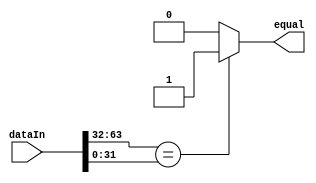
module comparator_r0 #(
	parameter BIT_WIDTH = 32
)(
	input [2*BIT_WIDTH - 1:0] dataIn,
	output equal
);

/**********
 * Internal Signals
 **********/
 reg equal_tmp;
	 
/**********
 * Glue Logic 
 **********/
/**********
 * Synchronous Logic
 **********/
/**********
 * Glue Logic 
 **********/
/**********
 * Components
 **********/
/**********
 * Output Combinatorial Logic
 **********/
	always @(dataIn) begin
		if(dataIn[2*BIT_WIDTH - 1:BIT_WIDTH] == dataIn[BIT_WIDTH - 1:0]) begin
			equal_tmp <= 1'b1;
		end else begin
			equal_tmp <= 1'b0;
		end
	end

	assign equal = equal_tmp;
	
endmodule